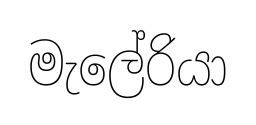
මැලේරියා